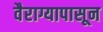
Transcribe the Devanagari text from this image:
वैराग्यापासून